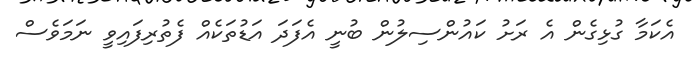
އެކަމާ ގުޅިގެން އެ ރަށު ކައުންސިލުން ބުނީ އެފަދަ އަޑުތަކެއް ފެތުރިފައިވީ ނަމަވެސް